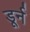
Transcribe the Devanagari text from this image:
डूर्न